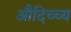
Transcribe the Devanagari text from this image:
औदिच्च्य